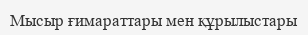
Мысыр ғимараттары мен құрылыстары